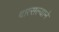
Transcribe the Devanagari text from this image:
वात्सल्याने